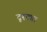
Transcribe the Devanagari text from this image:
दृश्ट्या